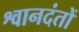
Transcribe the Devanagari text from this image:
श्वानदंतों